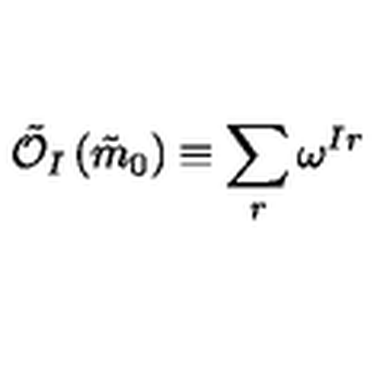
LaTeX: \tilde { \mathcal { O } } _ { I } \left( \tilde { m } _ { 0 } \right) \equiv \sum _ { r } \omega ^ { I r }